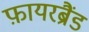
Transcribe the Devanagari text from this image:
फ़ायरब्रैंड